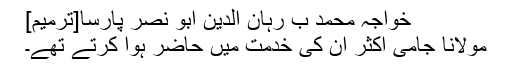
خواجہ محمد ب رہان الدین ابو نصر پارسا[ترمیم]
مولانا جامی اکثر اِن کی خدمت میں حاضر ہوا کرتے تھے۔